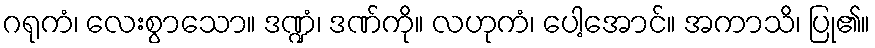
ဂရုကံ၊ လေးစွာသော။ ဒဏ္ဍံ၊ ဒဏ်ကို။ လဟုကံ၊ ပေါ့အောင်။ အကာသိ၊ ပြု၏။